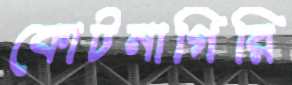
কোটনাগিরি